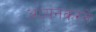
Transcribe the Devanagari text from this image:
अध्यनकरने